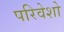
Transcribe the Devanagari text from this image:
परिवेशो